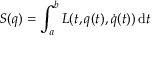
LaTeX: \displaystyle S ( { \boldsymbol { q } } ) = \int _ { a } ^ { b } L ( t , { \boldsymbol { q } } ( t ) , { \dot { \boldsymbol { q } } } ( t ) ) \, \mathrm { d } t